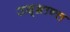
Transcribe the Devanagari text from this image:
उद्‌भ्रान्त